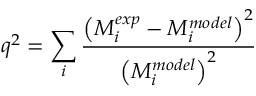
q ^ { 2 } = \sum _ { i } { \frac { \left( M _ { i } ^ { e x p } - M _ { i } ^ { m o d e l } \right) ^ { 2 } } { \left( M _ { i } ^ { m o d e l } \right) ^ { 2 } } }